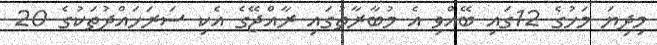
މިދިޔަ މަހުގެ 12ގައި ބޭއްވި އެ މުބާރާތުގައި ރާއްޖޭގެ އެކި ސަރަހައްދުތަކުގެ 20